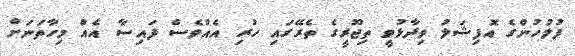
ފުލުހުންގެ އޮފިޝަލު ވިދާޅުވީ ތިޖޫރީގެ ތެރޭގައި ހުރި އެއްވެސް ފައިސާ އެއް މިހާތަނަށް